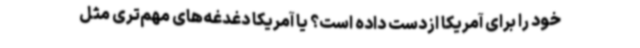
خود را برای آمریکا ازدست داده است؟ یا آمریکا دغدغه‌های مهم‌تری مثل